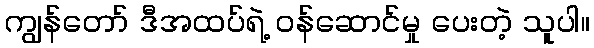
ကျွန်တော် ဒီအထပ်ရဲ့ ဝန်ဆောင်မှု ပေးတဲ့ သူပါ။